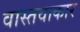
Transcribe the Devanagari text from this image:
वास्तवाकार